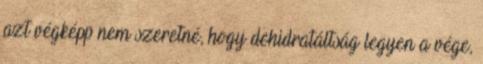
azt végképp nem szeretné, hogy dehidratáltság legyen a vége,